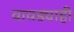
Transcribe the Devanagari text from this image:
वावड्याही